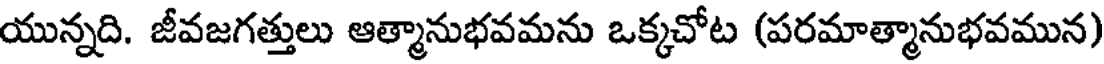
యున్నది. జీవజగత్తులు ఆత్మానుభవమను ఒక్కచోట (పరమాత్మానుభవమున)